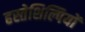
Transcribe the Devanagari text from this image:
हस्तेशिल्पियों